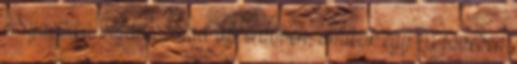
Nyuszika vígan szalad az erdőben, amikor egy fa tövében